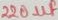
Text: 220uF